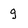
Character: g